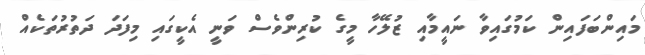
މައިންބަފައިން ކަމުގައިވާ ނައީމާއި ޒުލޭހާ މީގެ ކުރިންވެސް ވަނީ އެކީގައި މިފަދަ ދަތުރުތަކެއް